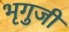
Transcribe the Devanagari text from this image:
भृगुजी